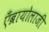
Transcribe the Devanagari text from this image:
एँब्रायोलाजी